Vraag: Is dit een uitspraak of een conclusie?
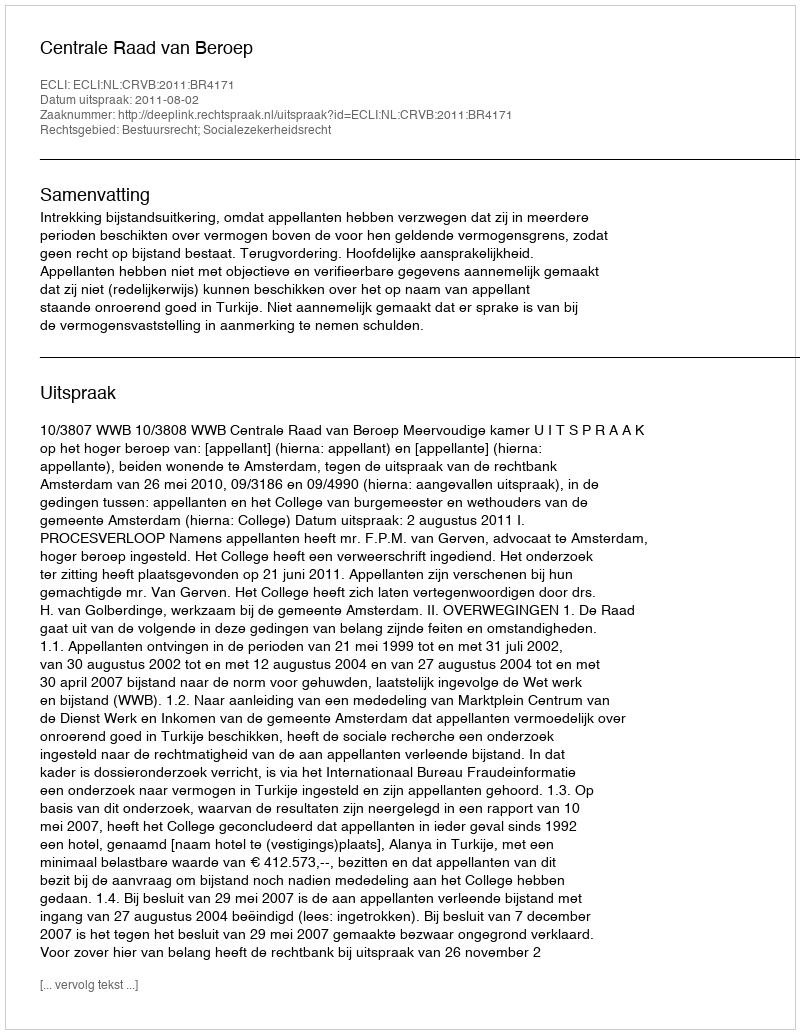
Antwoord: Uitspraak